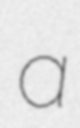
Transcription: a